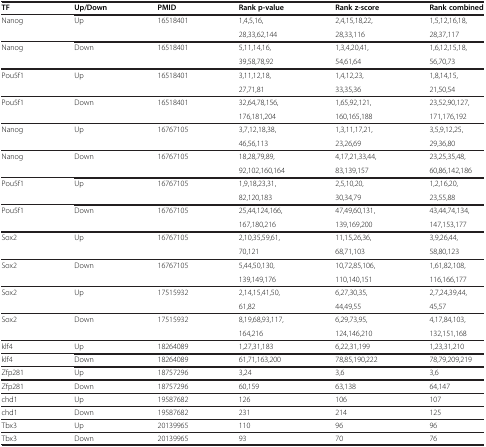
<table><thead><tr><td><b>TF</b></td><td><b>Up/Down</b></td><td><b>PMID</b></td><td><b>Rank p-value</b></td><td><b>Rank z-score</b></td><td><b>Rank combined</b></td></tr></thead><tbody><tr><td>Nanog</td><td>Up</td><td>16518401</td><td>1,4,5,16,</td><td>2,4,15,18,22,</td><td>1,5,12,16,18,</td></tr><tr><td> </td><td> </td><td> </td><td>28,33,62,144</td><td>28,33,116</td><td>28,37,117</td></tr><tr><td>Nanog</td><td>Down</td><td>16518401</td><td>5,11,14,16,</td><td>1,3,4,20,41,</td><td>1,6,12,15,18,</td></tr><tr><td> </td><td> </td><td> </td><td>39,58,78,92</td><td>54,61,64</td><td>56,70,73</td></tr><tr><td>Pou5f1</td><td>Up</td><td>16518401</td><td>3,11,12,18,</td><td>1,4,12,23,</td><td>1,8,14,15,</td></tr><tr><td> </td><td> </td><td> </td><td>27,71,81</td><td>33,35,36</td><td>21,50,54</td></tr><tr><td>Pou5f1</td><td>Down</td><td>16518401</td><td>32,64,78,156,</td><td>1,65,92,121,</td><td>23,52,90,127,</td></tr><tr><td> </td><td> </td><td> </td><td>176,181,204</td><td>160,165,188</td><td>171,176,192</td></tr><tr><td>Nanog</td><td>Up</td><td>16767105</td><td>3,7,12,18,38,</td><td>1,3,11,17,21,</td><td>3,5,9,12,25,</td></tr><tr><td> </td><td> </td><td> </td><td>46,56,113</td><td>23,26,69</td><td>29,36,80</td></tr><tr><td>Nanog</td><td>Down</td><td>16767105</td><td>18,28,79,89,</td><td>4,17,21,33,44,</td><td>23,25,35,48,</td></tr><tr><td> </td><td> </td><td> </td><td>92,102,160,164</td><td>83,139,157</td><td>60,86,142,186</td></tr><tr><td>Pou5f1</td><td>Up</td><td>16767105</td><td>1,9,18,23,31,</td><td>2,5,10,20,</td><td>1,2,16,20,</td></tr><tr><td> </td><td> </td><td> </td><td>82,120,183</td><td>30,34,79</td><td>23,55,88</td></tr><tr><td>Pou5f1</td><td>Down</td><td>16767105</td><td>25,44,124,166,</td><td>47,49,60,131,</td><td>43,44,74,134,</td></tr><tr><td> </td><td> </td><td> </td><td>167,180,216</td><td>139,169,200</td><td>147,153,177</td></tr><tr><td>Sox2</td><td>Up</td><td>16767105</td><td>2,10,35,59,61,</td><td>11,15,26,36,</td><td>3,9,26,44,</td></tr><tr><td> </td><td> </td><td> </td><td>70,121</td><td>68,71,103</td><td>58,80,123</td></tr><tr><td>Sox2</td><td>Down</td><td>16767105</td><td>5,44,50,130,</td><td>10,72,85,106,</td><td>1,61,82,108,</td></tr><tr><td> </td><td> </td><td> </td><td>139,149,176</td><td>110,140,151</td><td>116,166,177</td></tr><tr><td>Sox2</td><td>Up</td><td>17515932</td><td>2,14,15,41,50,</td><td>6,27,30,35,</td><td>2,7,24,39,44,</td></tr><tr><td> </td><td> </td><td> </td><td>61,82</td><td>44,49,55</td><td>45,57</td></tr><tr><td>Sox2</td><td>Down</td><td>17515932</td><td>8,19,68,93,117,</td><td>6,29,73,95,</td><td>4,17,84,103,</td></tr><tr><td> </td><td> </td><td> </td><td>164,216</td><td>124,146,210</td><td>132,151,168</td></tr><tr><td>klf4</td><td>Up</td><td>18264089</td><td>1,27,31,183</td><td>6,22,31,199</td><td>1,23,31,210</td></tr><tr><td>klf4</td><td>Down</td><td>18264089</td><td>61,71,163,200</td><td>78,85,190,222</td><td>78,79,209,219</td></tr><tr><td>Zfp281</td><td>Up</td><td>18757296</td><td>3,24</td><td>3,6</td><td>3,6</td></tr><tr><td>Zfp281</td><td>Down</td><td>18757296</td><td>60,159</td><td>63,138</td><td>64,147</td></tr><tr><td>chd1</td><td>Up</td><td>19587682</td><td>126</td><td>106</td><td>107</td></tr><tr><td>chd1</td><td>Down</td><td>19587682</td><td>231</td><td>214</td><td>125</td></tr><tr><td>Tbx3</td><td>Up</td><td>20139965</td><td>110</td><td>96</td><td>96</td></tr><tr><td>Tbx3</td><td>Down</td><td>20139965</td><td>93</td><td>70</td><td>76</td></tr></tbody></table>